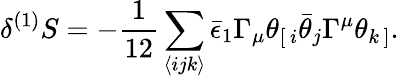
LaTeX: \delta^{(1)}S=-\frac{1}{12}\sum_{\langle ijk\rangle}\bar{\epsilon}_{1}\Gamma_{\mu}\theta_{[\, i}\bar{\theta}_{j}\Gamma^{\mu}\theta_{k\, ]}.\,